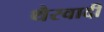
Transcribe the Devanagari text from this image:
थैरवादी